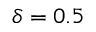
\delta = 0 . 5